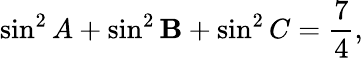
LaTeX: \sin^{2}A+\sin^{2}\mathbf{B}+\sin^{2}C={\frac{{7}}{{4}}},